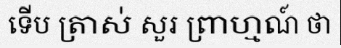
ទើប ត្រាស់ សួរ ព្រាហ្មណ៍ ថា